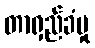
တာရှည်ခံမှု